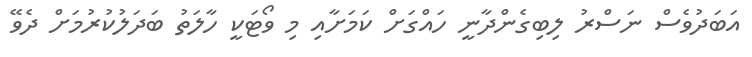
އަބަދުވެސް ނަސްރު ލިބިގެންދާނީ ހައްގަށް ކަމަށާއި މި ވޯޓަކީ ހާލަތު ބަދަލުކުރުމަށް ދެވޭ